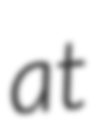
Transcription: at